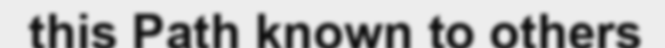
this Path known to others